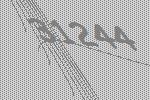
31244